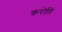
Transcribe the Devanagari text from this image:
करोतिं